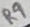
Text: R9